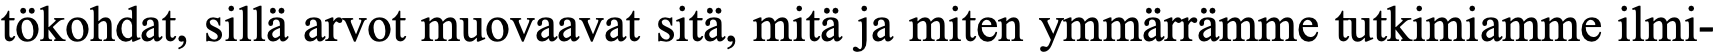
tökohdat, sillä arvot muovaavat sitä, mitä ja miten ymmärrämme tutkimiamme ilmi-